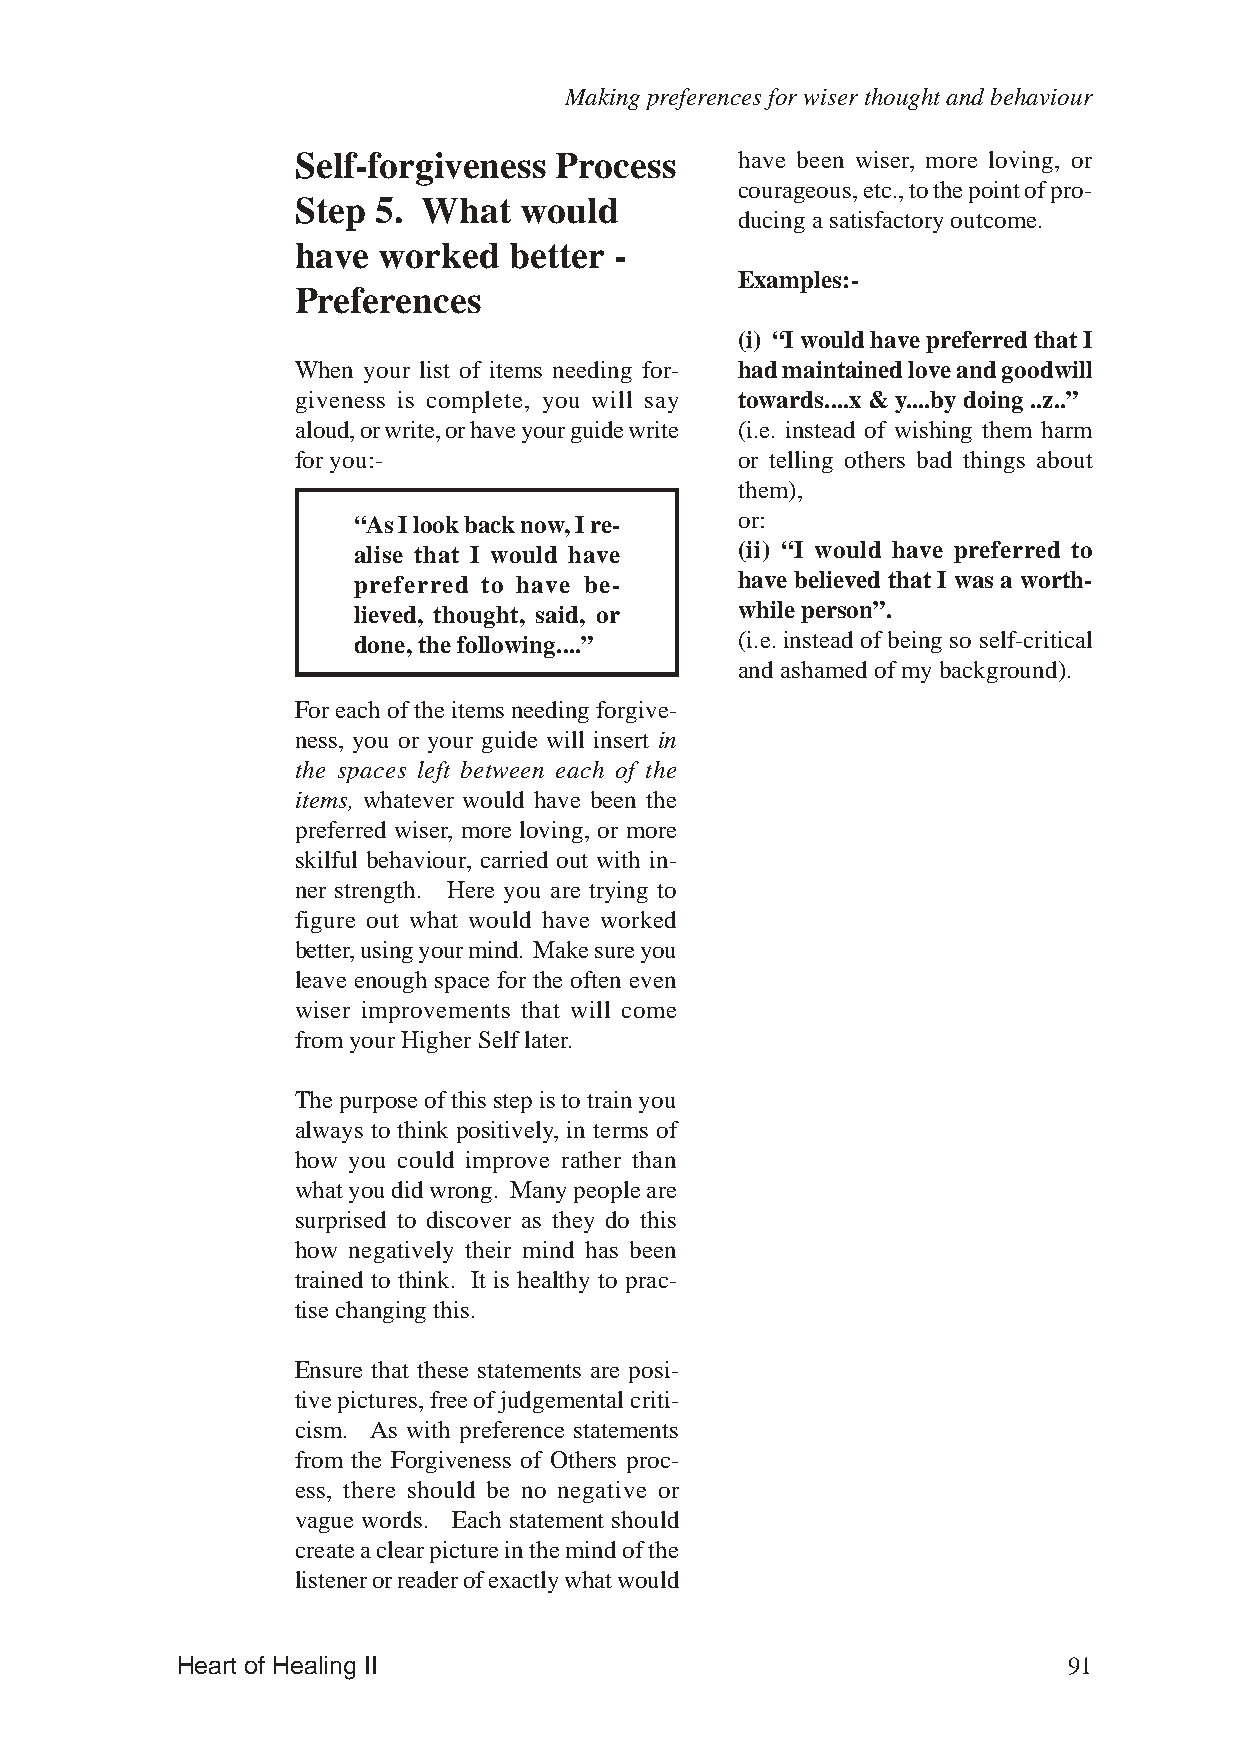
Making preferences for wiser thought and behaviour
 Self-forgiveness Process     have been wiser, more loving, or
 courageous, etc., to the point of pro-
 Step 5. What  would
 ducing a satisfactory outcome.
 have worked   better -
 Examples:-
 Preferences
 (i) “I would have preferred that I
 When your list of items needing for- had maintained love and goodwill
 giveness is complete, you will say towards....x & y....by doing ..z..”
 aloud, or write, or have your guide write (i.e. instead of wishing them harm
 for you:-                    or telling others bad things about
 them),
 “As I look back now, I re- or:
 alise that I would have   (ii) “I would have preferred to
 preferred to have be-     have believed that I was a worth-
 lieved, thought, said, or while person”.
 done, the following....”  (i.e. instead of being so self-critical
 and ashamed of my background).
 For each of the items needing forgive-
 ness, you or your guide will insert in
 the spaces left between each of the
 items, whatever would have been the
 preferred wiser, more loving, or more
 skilful behaviour, carried out with in-
 ner strength. Here you are trying to
 figure out what would have worked
 better, using your mind. Make sure you
 leave enough space for the often even
 wiser improvements that will come
 from your Higher Self later.
 The purpose of this step is to train you
 always to think positively, in terms of
 how you could improve rather than
 what you did wrong. Many people are
 surprised to discover as they do this
 how negatively their mind has been
 trained to think. It is healthy to prac-
 tise changing this.
 Ensure that these statements are posi-
 tive pictures, free of judgemental criti-
 cism. As with preference statements
 from the Forgiveness of Others proc-
 ess, there should be no negative or
 vague words. Each statement should
 create a clear picture in the mind of the
 listener or reader of exactly what would
 Heart of Healing II                                        91